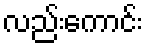
လည်းကောင်း